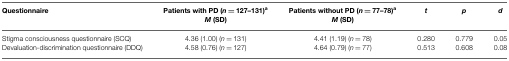
<table><thead><tr><td><b>Questionnaire</b></td><td><b>Patients with PD (<i>n</i> = 127–131)<sup>a</sup></b></td><td><b>Patients without PD (<i>n</i> = 77–78)<sup>a</sup></b></td><td><b><i>t</i></b></td><td><b><i>p</i></b></td><td><b><i>d</i></b></td></tr><tr><td></td><td><b><i>M</i> (SD)</b></td><td><b><i>M</i> (SD)</b></td><td></td></tr></thead><tbody><tr><td>Stigma consciousness questionnaire (SCQ)</td><td>4.36 (1.00) (<i>n</i> = 131)</td><td>4.41 (1.19) (<i>n</i> = 78)</td><td>0.280</td><td>0.779</td><td>0.05</td></tr><tr><td>Devaluation-discrimination questionnaire (DDQ)</td><td>4.58 (0.76) (<i>n</i> = 127)</td><td>4.64 (0.79) (<i>n</i> = 77)</td><td>0.513</td><td>0.608</td><td>0.08</td></tr></tbody></table>